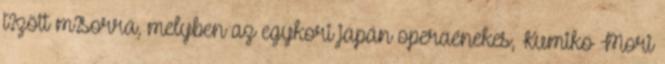
t?zött m?sorra, melyben az egykori japán operaénekes, Kumiko Mori